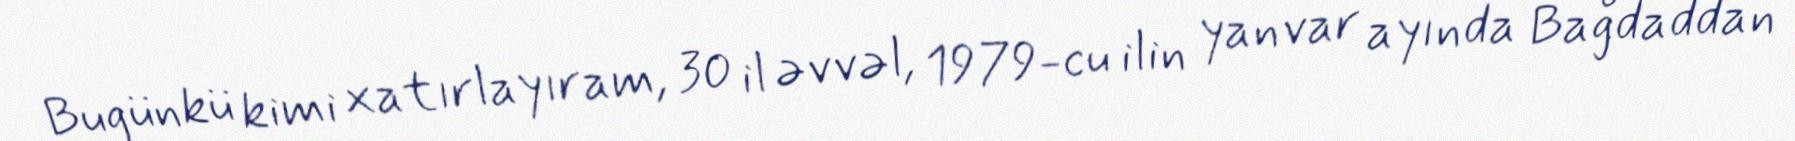
Bugünkü kimi xatırlayıram, 30 il əvvəl, 1979-cu ilin yanvar ayında Bağdaddan